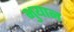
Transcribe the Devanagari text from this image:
भुयान